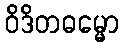
ဝိဒိတဓမ္မော